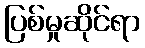
ပြစ်မှုဆိုင်ရာ